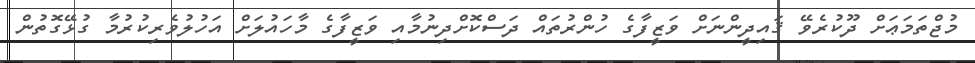
މުޖްތަމަޢަށް ދޫކުރެވޭ ޤައިދީންނަށް ވަޒީފާގެ ހުންރުތައް ދަސްކޮށްދިނުމާއި ވަޒީފާގެ މާހައުލަށް އަހުލުވެރިކުރުމާ ގުޅޭގޮތުން